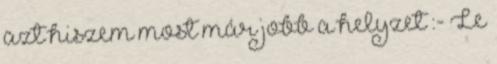
azt hiszem most már jobb a helyzet :- Le